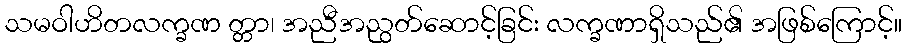
သမဝါဟိတလက္ခဏ တ္တာ၊ အညီအညွတ်ဆောင့်ခြင်း လက္ခဏာရှိသည်၏ အဖြစ်ကြောင့်။